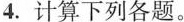
4.计算下列各题。